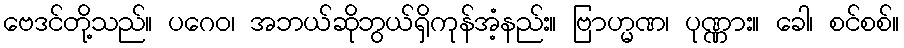
ဗေဒင်တို့သည်။ ပဂေဝ၊ အဘယ်ဆိုဘွယ်ရှိကုန်အံ့နည်း။ ဗြာဟ္မဏ၊ ပုဏ္ဏား။ ခေါ၊ စင်စစ်။